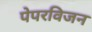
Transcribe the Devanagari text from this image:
पेपरविजन